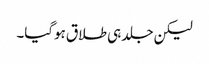
لیکن جلد ہی طلاق ہوگیا۔